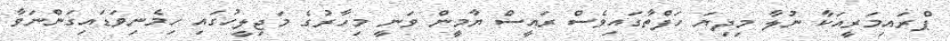
ޕްރައިމަރީއަކާ ނުލާ މިދިޔަ ހަފްތާގައިވެސް ރައީސް ޔާމީން ވަނީ މިހާރުގެ މަޖިލީހުގައި ހިމެނިވަޑައިގަންނަވާ